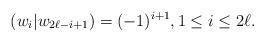
LaTeX: \begin{align*}(w_i|w_{2\ell-i+1}) = (-1)^{i+1}, 1 \leq i \leq 2\ell.\end{align*}